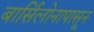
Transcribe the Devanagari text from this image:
बार्सिलोनापासून